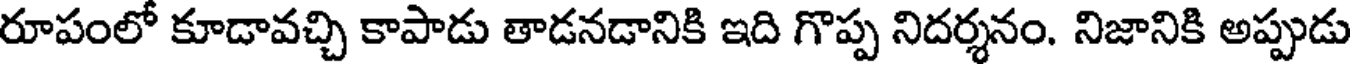
రూపంలో కూడావచ్చి కాపాడు తాడనడానికి ఇది గొప్ప నిదర్శనం. నిజానికి అప్పుడు